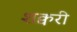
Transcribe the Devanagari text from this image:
शक्वरी